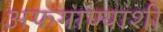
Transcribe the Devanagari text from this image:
अफगाण्यांशी